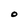
Character: O